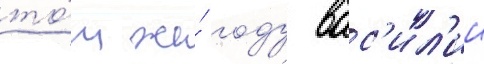
то́м же́ году вас'ил'ии